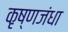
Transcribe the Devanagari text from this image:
कृष्णजंधा